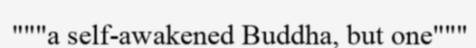
"""a self-awakened Buddha, but one"""